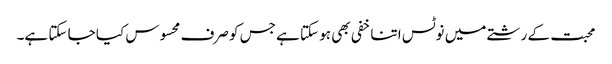
محبت کے رشتے میں نوٹس اتنا خفی بھی ہو سکتا ہے جس کو صرف محسوس کیا جا سکتا ہے۔